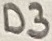
Text: D3